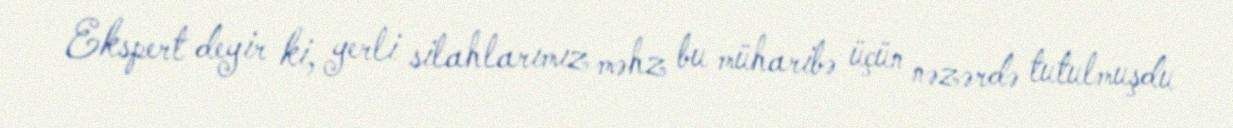
Ekspert deyir ki, yerli silahlarımız məhz bu müharibə üçün nəzərdə tutulmuşdu